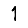
Digit: 1